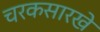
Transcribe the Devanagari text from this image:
चरकसारखे